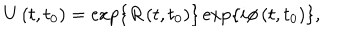
LaTeX: U \left( t , t _ { 0 } \right) = \exp \left\{ R \left( t , t _ { 0 } \right) \right\} \exp \left\{ i \phi \left( t , t _ { 0 } \right) \right\} ,